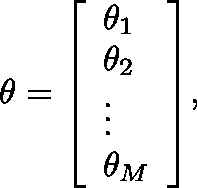
\mathbf { \theta } = { \left[ \begin{array} { l } { \theta _ { 1 } } \\ { \theta _ { 2 } } \\ { \vdots } \\ { \theta _ { M } } \end{array} \right] } ,